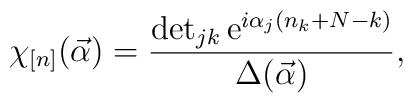
\chi_{[n]}(\vec{\alpha}) = \frac{\det_{jk} \mbox{e}^{i \alpha_j (n_k+N-k)}} { \Delta(\vec{\alpha}) },